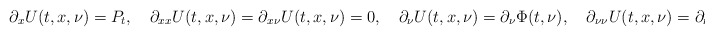
\begin{align*}\partial_xU(t,x,\nu)=P_t,\quad\partial_{xx}U(t,x,\nu)=\partial_{x\nu}U(t,x,\nu)=0,\quad\partial_{\nu}U(t,x,\nu)=\partial_{\nu}\Phi(t,\nu),\quad\partial_{\nu\nu}U(t,x,\nu)=\partial_{\nu\nu}\Phi(t,\nu)\end{align*}